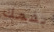
بفمك